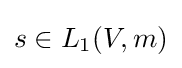
s\in L_{1}(V,m)